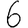
Digit: 6